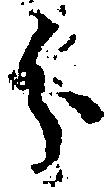
分